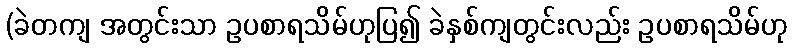
(ခဲတကျ အတွင်းသာ ဥပစာရသိမ်ဟုပြ၍ ခဲနှစ်ကျတွင်းလည်း ဥပစာရသိမ်ဟု